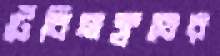
টেবিলক্লথের